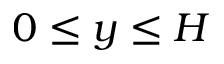
0 \leq y \leq H